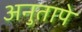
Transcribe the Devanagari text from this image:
अनुतापे